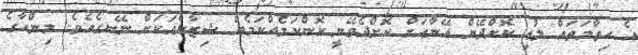
އެ ހިތާމަތައް ލުއި ކޮށްދޭން އޭނާއަށް ކޮށްދެވޭނީ ކޮންކަމެއްކަމެއް ޝިޒާންއަކަށް ނޭނގެއެވެ. މިންހާގެ